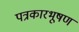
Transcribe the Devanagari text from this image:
पत्रकारभूषण